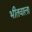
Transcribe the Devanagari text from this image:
भीतवाला